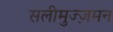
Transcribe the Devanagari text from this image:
सलीमुज्ज़मन